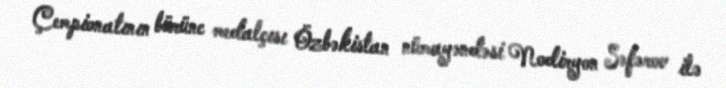
Çempionatının bürünc medalçısı Özbəkistan nümayəndəsi Nodiryon Səfərov ilə